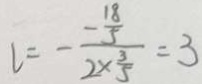
l = - \frac { - \frac { 1 8 } { 5 } } { 2 \times \frac { 3 } { 5 } } = 3